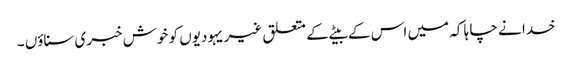
خدا نے چا ہا کہ میں اس کے بیٹے کے متعلق غیر یہودیوں کو خوش خبری سناؤں ۔